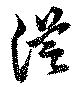
從